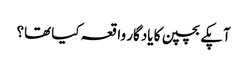
آپکے بچپن کا یادگار واقعہ کیا تھا؟